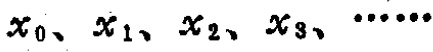
$x_0、x_1、x_2、x_3、\cdots\cdots$